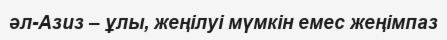
әл-Азиз – ұлы, жеңілуі мүмкін емес жеңімпаз